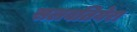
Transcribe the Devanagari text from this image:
सलवतियेरा